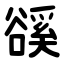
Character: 豀